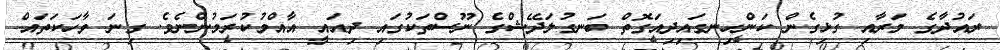
ރައުދާގެ މަރާއި ގުޅިގެން ކަންހިނގައިދިއަގޮތް ބަނގުލަދޭޝްގެ ނޫސްތަކުގައި ދިއައީ އާއްމުކުރަމުންނެވެ. ގިނަ ވާހަކަތައް